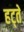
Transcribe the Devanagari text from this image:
हट्ते